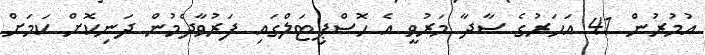
އުމުރުން 41 އަހަރުގެ ސާދާ މަރުވީ އެ ހޮސްޕިޓަލްގައި ފަރުވާދެމުން ދަނިކޮށް ކަމަށް